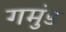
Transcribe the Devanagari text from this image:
गमुंड